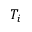
T _ { i }